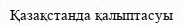
Қазақстанда қалыптасуы